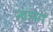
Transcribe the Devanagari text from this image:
त्वासां